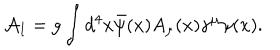
{ \cal A } _ { I } = g \int d ^ { 4 } x \bar { \psi } ( x ) A _ { \mu } ( x ) \gamma ^ { \mu } \psi ( x ) .